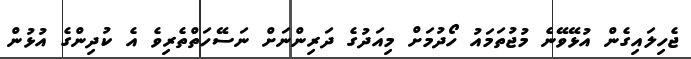
ޖެހިލައިގެން އުޅޭވޭނެ މުޖުތަމައު ހޯދުމަށް މިއަދުގެ ދަރިންނަށް ނަސޭހަތްތެރިވެ އެ ކުދިންގެ އުޅުން